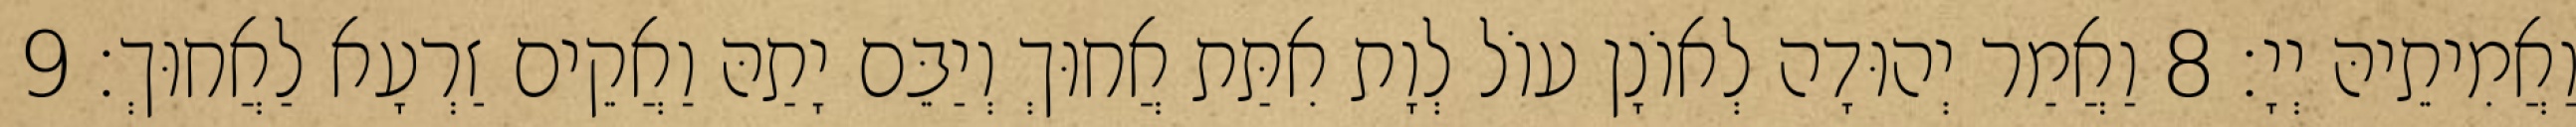
וַאֲמִיתֵיהּ יְיָ׃ 8 וַאֲמַר יְהוּדָה לְאוֹנָן עוֹל לְוָת אִתַּת אֲחוּךְ וְיַבֵּם יָתַהּ וַאֲקֵים זַרְעָא לַאֲחוּךְ׃ 9